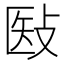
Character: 𰕉